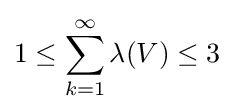
1\leq \sum _{k=1}^{\infty }\lambda (V)\leq 3